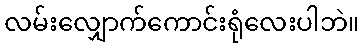
လမ်းလျှောက်ကောင်းရုံလေးပါဘဲ။